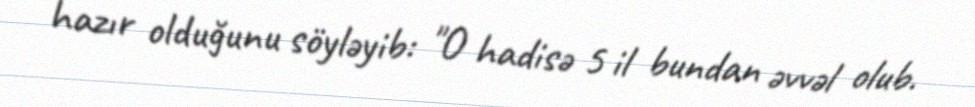
hazır olduğunu söyləyib: "O hadisə 5 il bundan əvvəl olub.